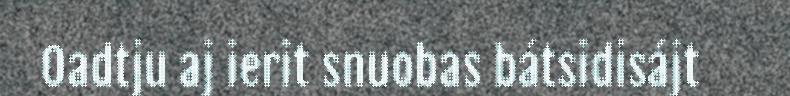
Oadtju aj ierit snuobas bátsidisájt